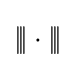
{|\!|\!|}\cdot {|\!|\!|}